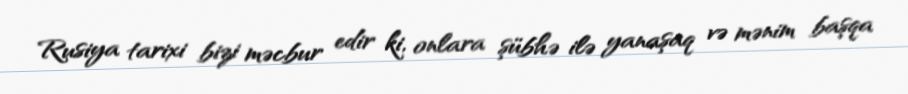
Rusiya tarixi bizi məcbur edir ki, onlara şübhə ilə yanaşaq və mənim başqa